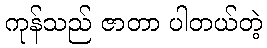
ကုန်သည် ဇာတာ ပါတယ်တဲ့